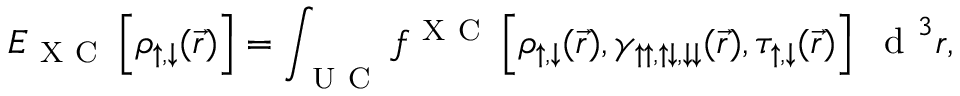
E _ { \mathrm { ~ X ~ C ~ } } \left[ \rho _ { \uparrow , \downarrow } ( \vec { r } ) \right] = \int _ { \mathrm { ~ U ~ C ~ } } f ^ { \mathrm { ~ X ~ C ~ } } \left[ \rho _ { \uparrow , \downarrow } ( \vec { r } ) , \gamma _ { \uparrow \uparrow , \uparrow \downarrow , \downarrow \downarrow } ( \vec { r } ) , \tau _ { \uparrow , \downarrow } ( \vec { r } ) \right] ~ \textrm { d } ^ { 3 } r ,